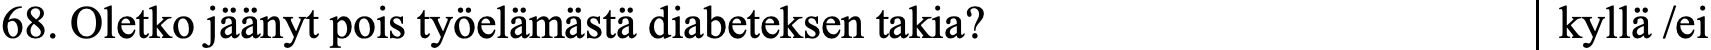
68. Oletko jäänyt pois työelämästä diabeteksen takia? kyllä /ei